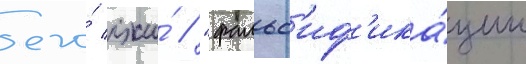
его́ лжи́ // "фальс'иф'ика́ции